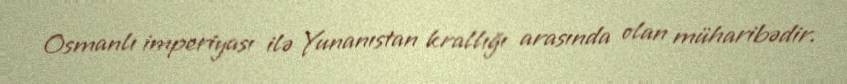
Osmanlı imperiyası ilə Yunanıstan krallığı arasında olan müharibədir.